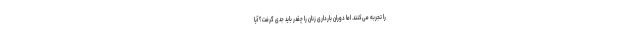
را تجربه می‌کنند. اما دوران بارداری زنان را چقدر باید جدی گرفت؟ آیا